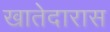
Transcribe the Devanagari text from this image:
खातेदारास